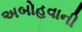
અબોહવાની